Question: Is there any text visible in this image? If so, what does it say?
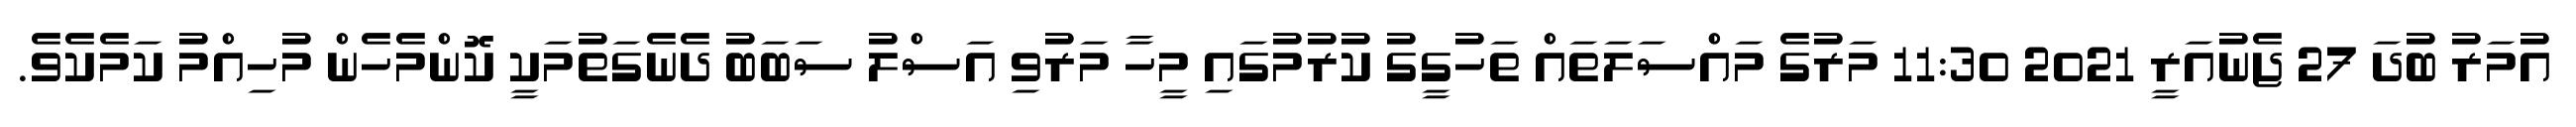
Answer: އުމަރު ބުދަ 27 ޖެނުއަރީ 2021 11:30 މަރުގެ މައްސަލަތައް ތަހުގީގު ކުރުމުގައި މީހާ މަރުވި އަސްލު ސަބަބު ދެނެގަތުމަކީ ކޮންމެހެން މުހިއްމު ކަމެކެވެ.